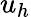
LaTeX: u_{h}